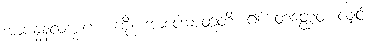
အာဗန္ဓနလက္ခဏံ၊ ကို။ အာပေါဓာတူတိ၊ ၍။ တတ္ထေဝ၊ လျှင်။